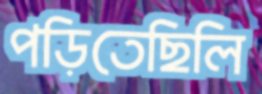
পড়িতেছিলি